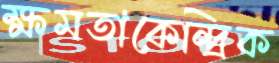
ক্ষমতাকেন্দ্রিক